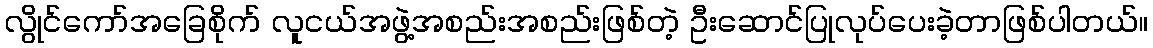
လွိုင်ကော်အခြေစိုက် လူငယ်အဖွဲ့အစည်းအစည်းဖြစ်တဲ့ ဦးဆောင်ပြုလုပ်ပေးခဲ့တာဖြစ်ပါတယ်။